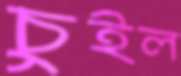
চুইল